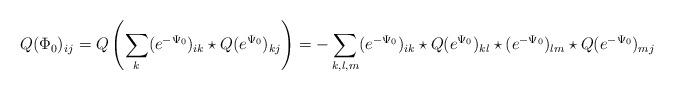
LaTeX: \begin{align*}Q(\Phi_0)_{ij}=Q\left(\sum_k(e^{-\Psi_0})_{ik}\star Q(e^{\Psi_0})_{kj}\right)=-\sum_{k,l,m}(e^{-\Psi_0})_{ik}\star Q(e^{\Psi_0})_{kl}\star (e^{-\Psi_0})_{lm}\star Q(e^{-\Psi_0})_{mj}\end{align*}